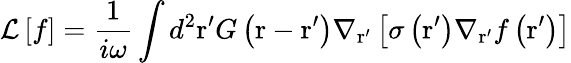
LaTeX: \mathcal{L}\left[f\right]=\frac{1}{i\omega}\int{{{d}^{2}}\mathrm{{r}^{\prime}}G\left(\mathrm{r}-\mathrm{{r}^{\prime}}\right){{\nabla}_{{\mathrm{{r}^{\prime}}}}}\left[\sigma\left({\mathrm{{r}^{\prime}}}\right){{\nabla}_{{\mathrm{{r}^{\prime}}}}}f\left({\mathrm{{r}^{\prime}}}\right)\right]}